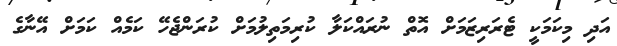
އަދި މިކަމަކީ ޓެރަރިޒަމަށް އޮތް ނުރައްކަލާ ކުރިމަތިލުމަށް ކުރަންޖެހޭ ކަމެއް ކަމަށް އޭނާގެ